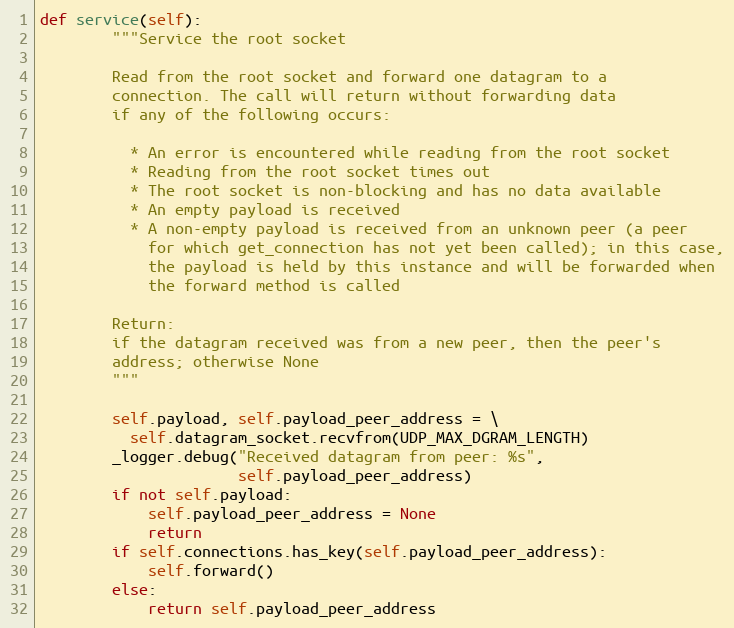
Language: Python
def service(self):
        """Service the root socket

        Read from the root socket and forward one datagram to a
        connection. The call will return without forwarding data
        if any of the following occurs:

          * An error is encountered while reading from the root socket
          * Reading from the root socket times out
          * The root socket is non-blocking and has no data available
          * An empty payload is received
          * A non-empty payload is received from an unknown peer (a peer
            for which get_connection has not yet been called); in this case,
            the payload is held by this instance and will be forwarded when
            the forward method is called

        Return:
        if the datagram received was from a new peer, then the peer's
        address; otherwise None
        """

        self.payload, self.payload_peer_address = \
          self.datagram_socket.recvfrom(UDP_MAX_DGRAM_LENGTH)
        _logger.debug("Received datagram from peer: %s",
                      self.payload_peer_address)
        if not self.payload:
            self.payload_peer_address = None
            return
        if self.connections.has_key(self.payload_peer_address):
            self.forward()
        else:
            return self.payload_peer_address